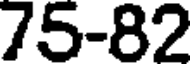
75-82